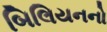
બિલિયનનો